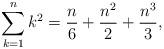
LaTeX: \begin{align*} \sum_{k=1}^{n} k^2 = \frac{n}{6} + \frac{n^2}{2} + \frac{n^3}{3},\end{align*}